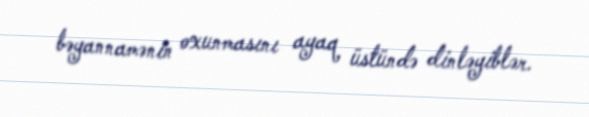
bəyannamənin oxunmasını ayaq üstündə dinləyiblər.